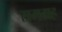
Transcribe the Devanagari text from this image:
समग्रह